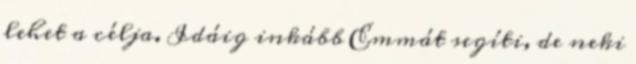
lehet a célja. Idáig inkább Emmát segíti, de neki